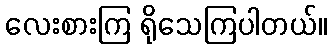
လေးစားကြ ရိုသေကြပါတယ်။